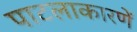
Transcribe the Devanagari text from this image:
पाटलाकारणें